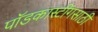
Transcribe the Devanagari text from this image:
पॉडकास्टींगसाठी